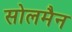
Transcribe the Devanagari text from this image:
सोलमैन